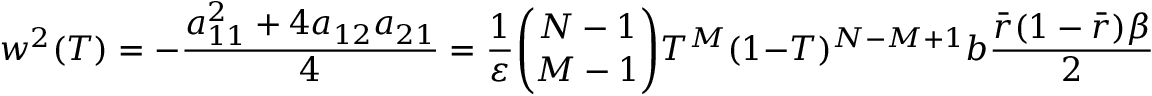
w ^ { 2 } ( T ) = - \frac { a _ { 1 1 } ^ { 2 } + 4 a _ { 1 2 } a _ { 2 1 } } { 4 } = \frac { 1 } { \varepsilon } \binom { N - 1 } { M - 1 } T ^ { M } ( 1 - T ) ^ { N - M + 1 } b \frac { \bar { r } ( 1 - \bar { r } ) \beta } { 2 } > 0